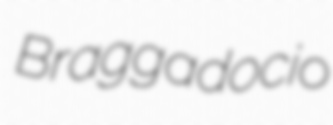
Braggadocio